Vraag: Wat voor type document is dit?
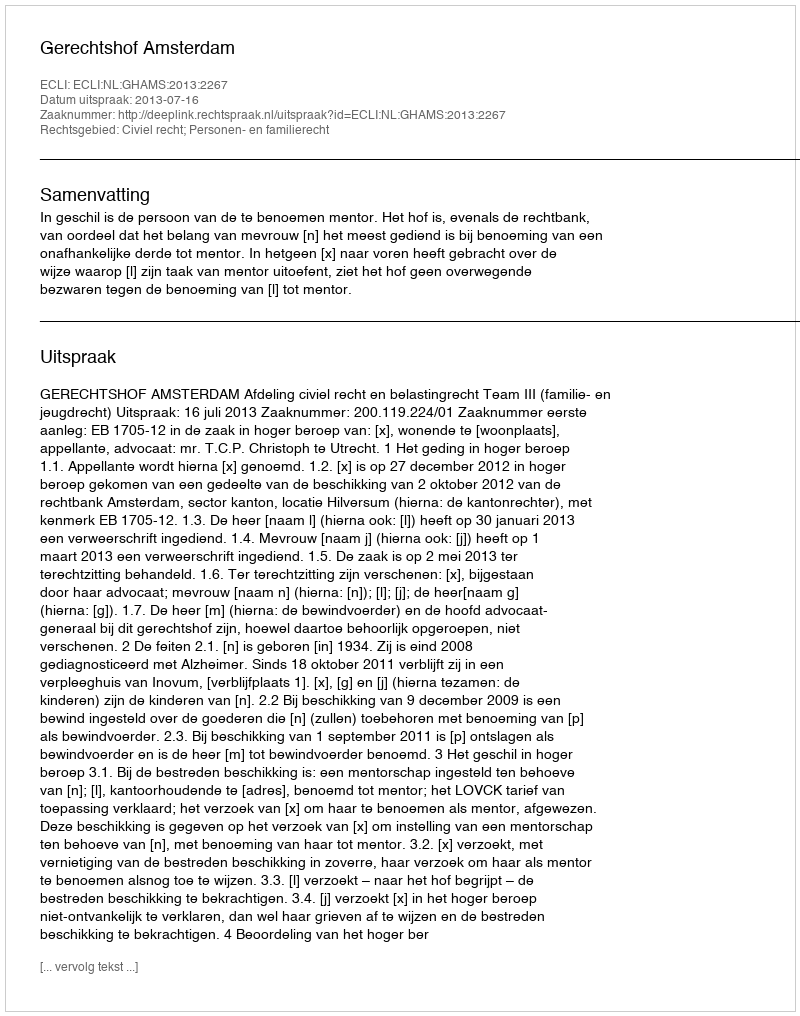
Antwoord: Uitspraak